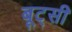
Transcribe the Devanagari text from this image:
बूट्सी